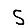
Digit: 5